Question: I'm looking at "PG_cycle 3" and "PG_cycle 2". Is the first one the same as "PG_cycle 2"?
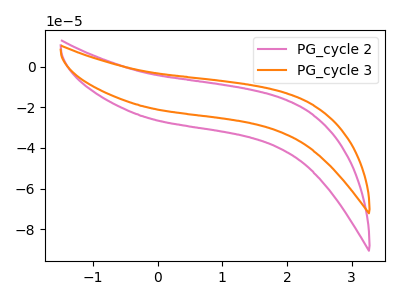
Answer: <think>The pink curve "PG_cycle 2" has no peaks. The orange curve "PG_cycle 3" has no peaks.
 Neither "PG_cycle 3" or "PG_cycle 2" have any peaks.</think>
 <answer>"PG_cycle 3" and "PG_cycle 2" are similar in shape.</answer>
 <eval>same_shape</eval>